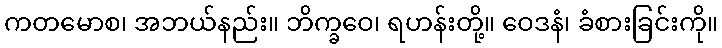
ကတမောစ၊ အဘယ်နည်း။ ဘိက္ခဝေ၊ ရဟန်းတို့။ ဝေဒနံ၊ ခံစားခြင်းကို။